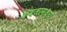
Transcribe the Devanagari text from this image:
कबजामध्ये